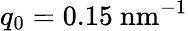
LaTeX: q_{0}=0.15~\mathrm{nm^{-1}}